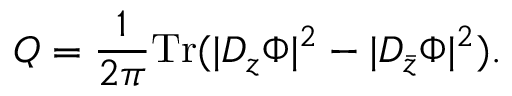
Q = \frac { 1 } { 2 \pi } \mathrm { T r } ( | D _ { z } \Phi | ^ { 2 } - | D _ { \bar { z } } \Phi | ^ { 2 } ) .